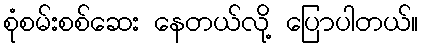
စုံစမ်းစစ်ဆေး နေတယ်လို့ ပြောပါတယ်။